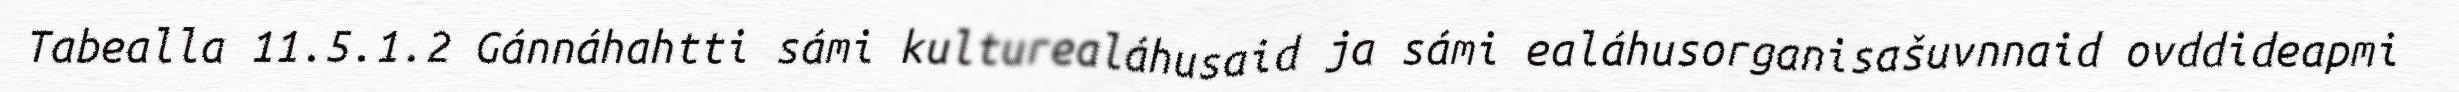
Tabealla 11.5.1.2 Gánnáhahtti sámi kulturealáhusaid ja sámi ealáhusorganisašuvnnaid ovddideapmi